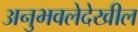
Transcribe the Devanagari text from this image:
अनुभवलेदेखील